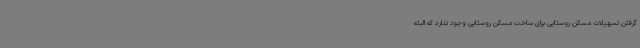
گرفتن تسهیلات مسکن روستایی برای ساخت مسکن روستایی وجود ندارد که البته